Leaving Certificate Examination, 1921
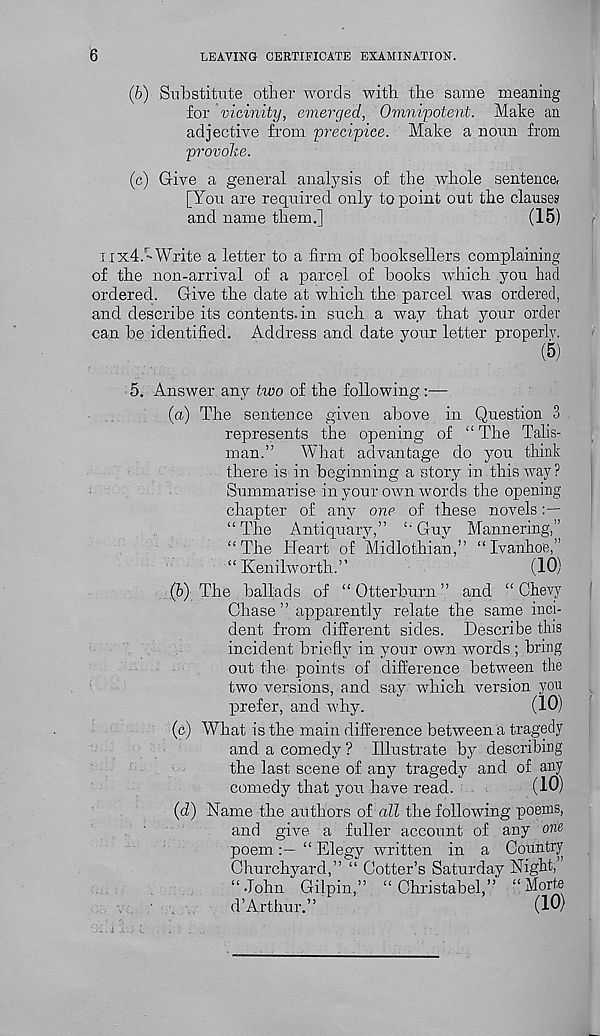
6
LEAVING CERTIFICATE EXAMINATION.
(6) Substitute other words with the same meaning
for vicinity, emerged, Omnipotent. Make an
adjective from precipice. Make a noun from
provoke.
(c) Give a general analysis of the whole sentence,
[You are required only to point out the clauses
and name them.]
(15)
lix4.'Write a letter to a firm of booksellers complaining
of the non-arrival of a parcel of books which you had
ordered. Give the date at which the parcel was ordered,
and describe its contents, in such a way that your order
can be identified. Address and date your letter properly.
(5)
5. Answer any two of the following:—
(a) The sentence given above in Question 3
represents the opening of “ The Talis-
man.”
What advantage do you think
there is in beginning a story in this way?
Summarise in your own words the opening
chapter of any one of these novels
“ The Antiquary,” £ ' Guy Mannering,”
“The Heart of Midlothian,” “Ivanhoe,”
“Kenilworth.”
(10)
(b) The ballads of “ Otterburn ” and “ Chevy
Chase ” apparently relate the same inci-
dent from different sides. Describe this
incident briefly in your own words ; bring
out the points of difference between the
two versions, and say which version you
,
prefer, and why.
(10)
■
(c) What is the main difference between a tragedy
and a comedy ? Illustrate by describing
the last scene of any tragedy and of any
comedy that you have read.
(10)
(d) Name the authors of all the following poems,
and give a fuller account of any one
poem
“ Elegy written in a Country
Churchyard,” “ Cotter’s Saturday Night,’
“John Gilpin,” “ Christabel,” “Morte
d’Arthur.” ^
(10)